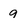
Character: q